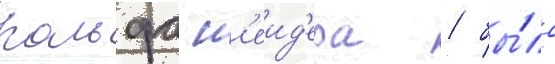
ральфа н'еид'ера / бы́ло